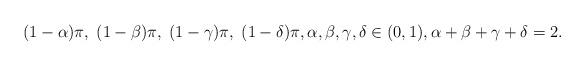
LaTeX: \begin{align*}(1-\alpha)\pi,\;(1-\beta)\pi,\; (1-\gamma)\pi,\; (1-\delta)\pi, \alpha,\beta, \gamma, \delta\in(0,1), \alpha+\beta+\gamma+\delta=2.\end{align*}